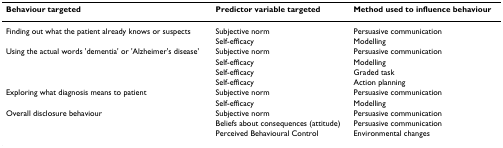
<table><thead><tr><td><b>Behaviour targeted</b></td><td><b>Predictor variable targeted</b></td><td><b>Method used to influence behaviour</b></td></tr></thead><tbody><tr><td>Finding out what the patient already knows or suspects</td><td>Subjective norm</td><td>Persuasive communication</td></tr><tr><td></td><td>Self-efficacy</td><td>Modelling</td></tr><tr><td>Using the actual words &#x27;dementia&#x27; or &#x27;Alzheimer&#x27;s disease&#x27;</td><td>Subjective norm</td><td>Persuasive communication</td></tr><tr><td></td><td>Self-efficacy</td><td>Modelling</td></tr><tr><td></td><td>Self-efficacy</td><td>Graded task</td></tr><tr><td></td><td>Self-efficacy</td><td>Action planning</td></tr><tr><td>Exploring what diagnosis means to patient</td><td>Subjective norm</td><td>Persuasive communication</td></tr><tr><td></td><td>Self-efficacy</td><td>Modelling</td></tr><tr><td>Overall disclosure behaviour</td><td>Subjective norm</td><td>Persuasive communication</td></tr><tr><td></td><td>Beliefs about consequences (attitude)</td><td>Persuasive communication</td></tr><tr><td></td><td>Perceived Behavioural Control</td><td>Environmental changes</td></tr></tbody></table>